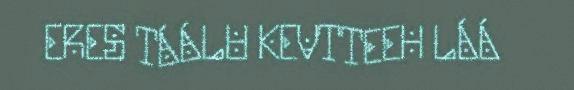
ERES TÁÁLU KEVTTEEH LÁÁ